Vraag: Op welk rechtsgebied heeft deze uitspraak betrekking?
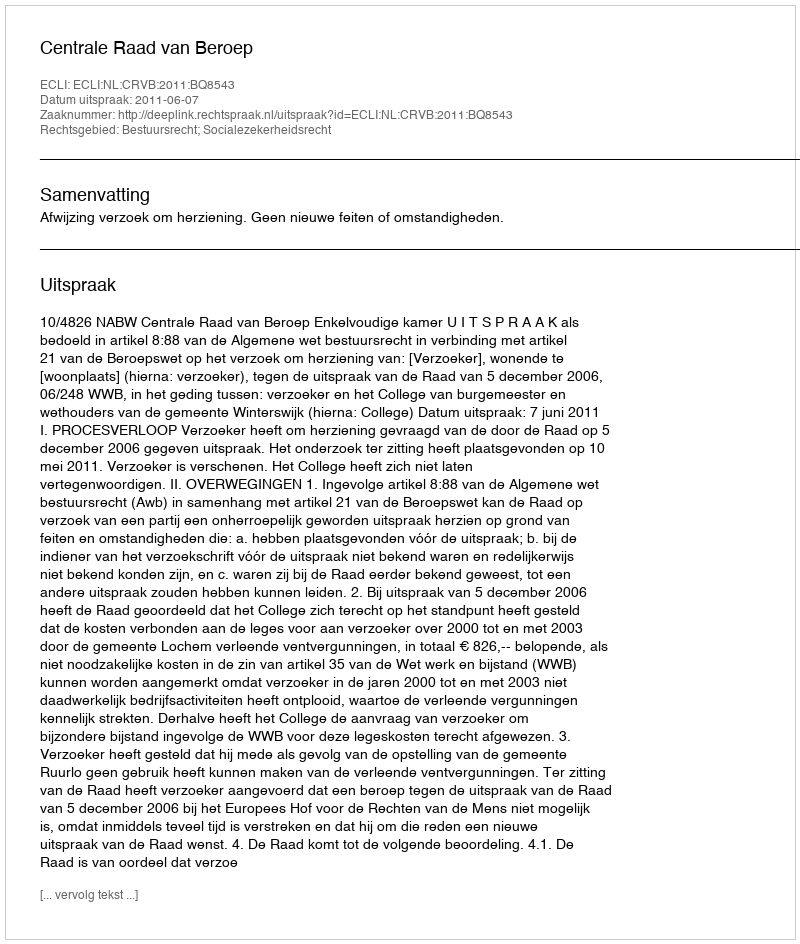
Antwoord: Bestuursrecht; Socialezekerheidsrecht